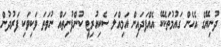
ދުނިޔޭގެ އެހެން ގައުމުތަކެކޭ އެއްފަދައިން އަމިއްލަ ސެކިއުރިޓީ ކުންފުނިތައް ނުވަތަ ވަކިވަކި ފަރުދުން